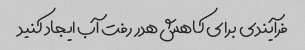
فرآیندی برای کاهش هدر رفت آب ایجاد کنید